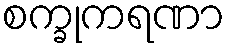
စက္ခုကရဏာ